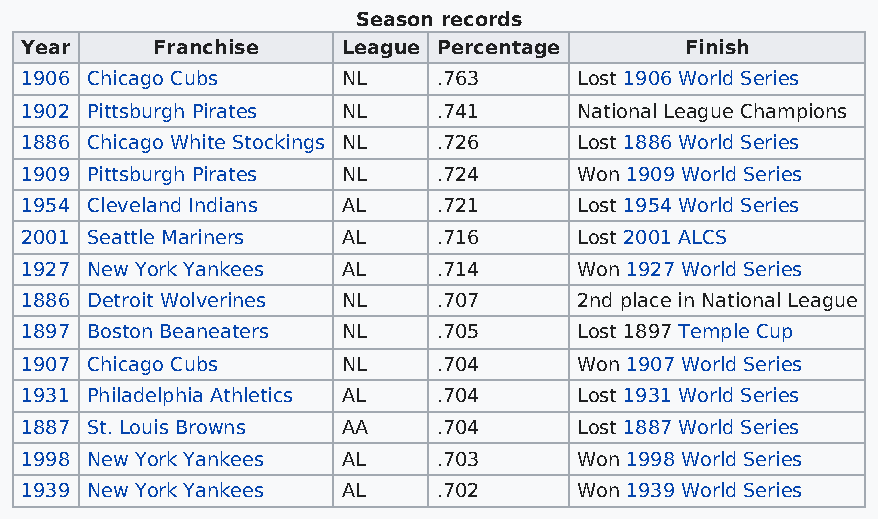
Season records
 Year     Franchise    League Percentage     Finish
 1906 Chicago Cubs     NL    .763     Lost 1906 World Series
 1902 Pittsburgh Pirates NL  .741     National League Champions
 1886 Chicago White Stockings NL .726 Lost 1886 World Series
 1909 Pittsburgh Pirates NL  .724     Won 1909 World Series
 1954 Cleveland Indians AL   .721     Lost 1954 World Series
 2001 Seattle Mariners AL    .716     Lost 2001 ALCS
 1927 New York Yankees AL    .714     Won 1927 World Series
 1886 Detroit Wolverines NL  .707     2nd place in National League
 1897 Boston Beaneaters NL   .705     Lost 1897 Temple Cup
 1907 Chicago Cubs     NL    .704     Won 1907 World Series
 1931 Philadelphia Athletics AL .704  Lost 1931 World Series
 1887 St. Louis Browns AA    .704     Lost 1887 World Series
 1998 New York Yankees AL    .703     Won 1998 World Series
 1939 New York Yankees AL    .702     Won 1939 World Series